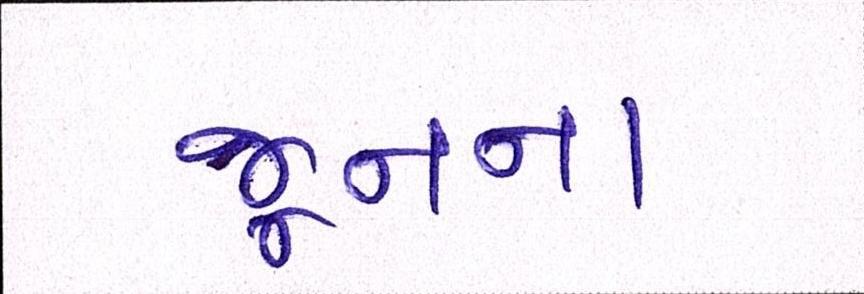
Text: જૂનના